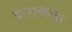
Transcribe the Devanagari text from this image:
कराकला